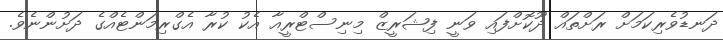
ދަނޑުވެރިކަމަށް ރަށްތައް ދޫކޮށްފައި ވަނީ ފިޝަރީޒް މިނިސްޓްރީއާ އެކު ކުރާ އެގްރިމަންޓެއްގެ ދަށުންނެވެ.